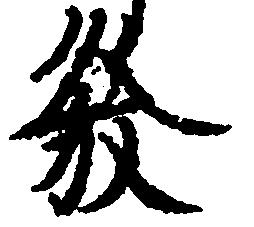
発